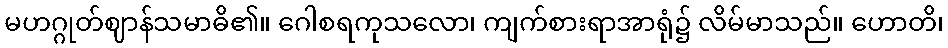
မဟဂ္ဂုတ်ဈာန်သမာဓိ၏။ ဂေါစရကုသလော၊ ကျက်စားရာအာရုံ၌ လိမ်မာသည်။ ဟောတိ၊